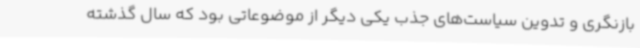
بازنگری و تدوین سیاست‌های جذب یکی دیگر از موضوعاتی بود که سال گذشته